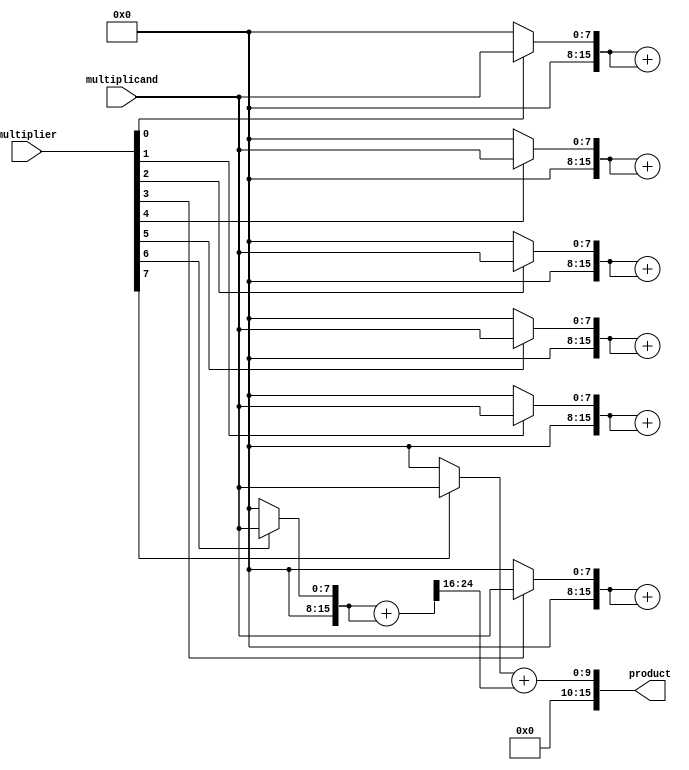
module adaptive_wallace_tree_multiplier #(parameter N = 8) (
    input [N-1:0] multiplicand,
    input [N-1:0] multiplier,
    output reg [2*N-1:0] product
);

// Partial product generation
wire [N-1:0] partial_products[N-1:0];

genvar i;
generate
    for (i = 0; i < N; i = i + 1) begin : pp_gen
        assign partial_products[i] = multiplier[i] ? multiplicand : {N{1'b0}};
    end
endgenerate

// Wallace tree reduction
reg [2*N-1:0] sum [N-1:0];
reg [N:0] carry [N-1:0];

// Initial sum and carry setup
integer j;
always @(*) begin
    for (j = 0; j < N; j = j + 1) begin
        sum[j] = {1'b0, partial_products[j]}; // Extend partial products to accommodate carry
    end
end

// Wallace tree reduction stages
integer k;
always @(*) begin
    for (k = 0; k < N-1; k = k + 1) begin
        // Sum and carry reduction (using half adders and full adders)
        {carry[k], sum[k+1]} = sum[k][2*N-1:0] + sum[k][2*N-1:0]; // Example of simple addition
    end
end

// Final addition of the last two rows
always @(*) begin
    product = sum[N-1] + carry[N-2]; // Final product calculation
end

endmodule